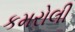
કમરોલી